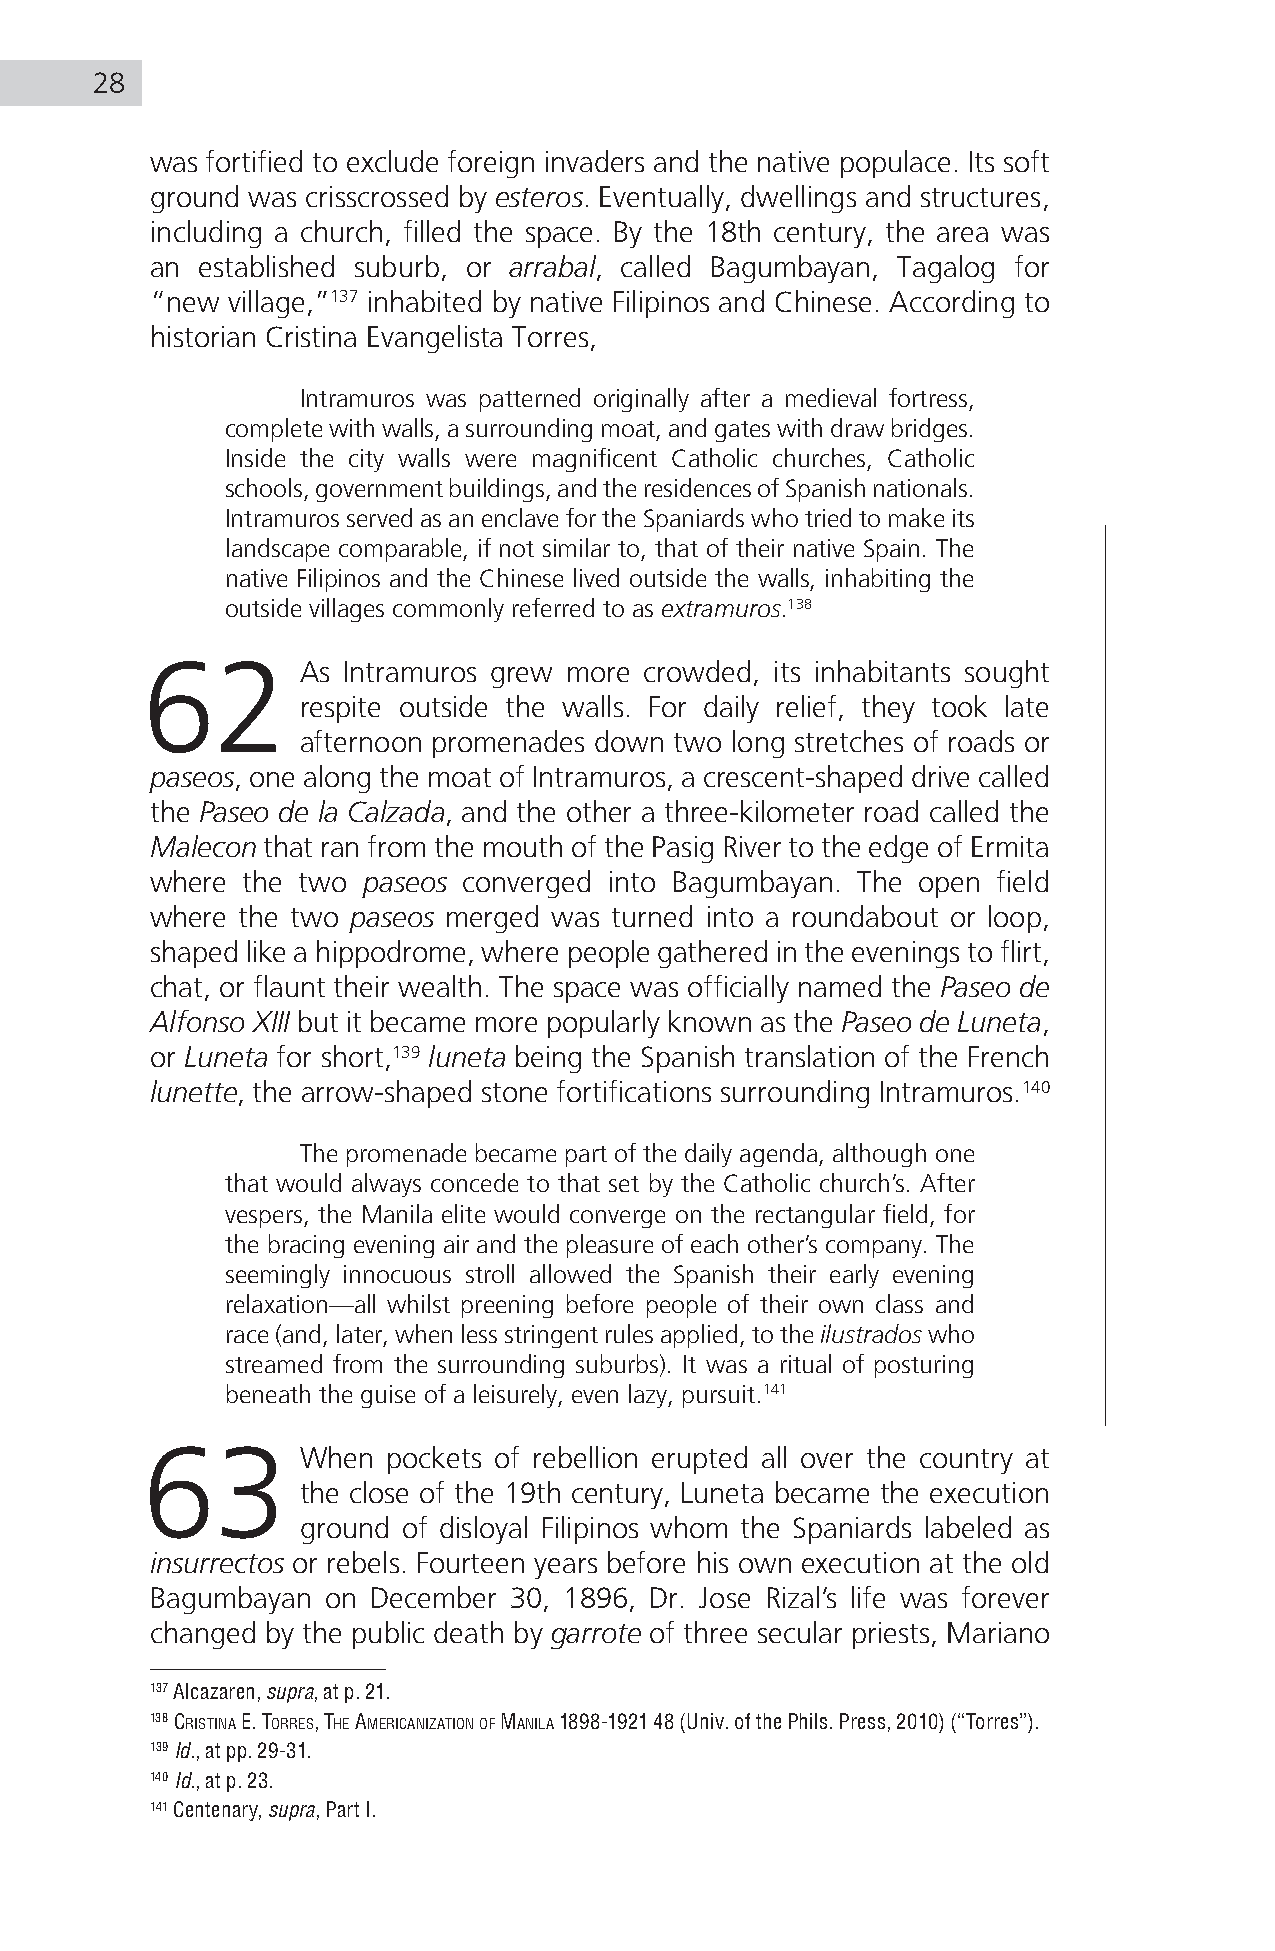
28
 was fortified to exclude foreign invaders and the native populace. Its soft
 ground was crisscrossed by esteros. Eventually, dwellings and structures,
 including a church, filled the space. By the 18th century, the area was
 an established suburb, or arrabal, called Bagumbayan, Tagalog for
 “new village,”137 inhabited by native Filipinos and Chinese. According to
 historian Cristina Evangelista Torres,
 Intramuros was patterned originally after a medieval fortress,
 complete with walls, a surrounding moat, and gates with draw bridges.
 Inside the city walls were magnificent Catholic churches, Catholic
 schools, government buildings, and the residences of Spanish nationals.
 Intramuros served as an enclave for the Spaniards who tried to make its
 landscape comparable, if not similar to, that of their native Spain. The
 native Filipinos and the Chinese lived outside the walls, inhabiting the
 outside villages commonly referred to as extramuros.138
 62         As Intramuros grew more crowded, its inhabitants sought
 respite outside the walls. For daily relief, they took late
 afternoon promenades down two long stretches of roads or
 paseos, one along the moat of Intramuros, a crescent-shaped drive called
 the Paseo de la Calzada, and the other a three-kilometer road called the
 Malecon that ran from the mouth of the Pasig River to the edge of Ermita
 where the two paseos converged into Bagumbayan. The open field
 where the two paseos merged was turned into a roundabout or loop,
 shaped like a hippodrome, where people gathered in the evenings to flirt,
 chat, or flaunt their wealth. The space was officially named the Paseo de
 Alfonso XIII but it became more popularly known as the Paseo de Luneta,
 or Luneta for short,139 luneta being the Spanish translation of the French
 lunette, the arrow-shaped stone fortifications surrounding Intramuros.140
 The promenade became part of the daily agenda, although one
 that would always concede to that set by the Catholic church’s. After
 vespers, the Manila elite would converge on the rectangular field, for
 the bracing evening air and the pleasure of each other’s company. The
 seemingly innocuous stroll allowed the Spanish their early evening
 relaxation—all whilst preening before people of their own class and
 race (and, later, when less stringent rules applied, to the ilustrados who
 streamed from the surrounding suburbs). It was a ritual of posturing
 beneath the guise of a leisurely, even lazy, pursuit.141
 63         When  pockets of rebellion erupted all over the country at
 the close of the 19th century, Luneta became the execution
 ground of disloyal Filipinos whom the Spaniards labeled as
 insurrectos or rebels. Fourteen years before his own execution at the old
 Bagumbayan  on December 30, 1896, Dr. Jose Rizal’s life was forever
 changed by the public death by garrote of three secular priests, Mariano
 137 Alcazaren, supra, at p. 21.
 138 criSTina e. TorreS, The aMericanizaTion of Manila 1898-1921 48 (Univ. of the Phils. Press, 2010) (“Torres”).
 139 Id., at pp. 29-31.
 140 Id., at p. 23.
 141 Centenary, supra, Part I.